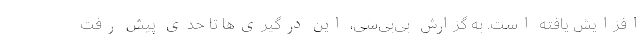
افزایش یافته است. به گزارش بی‌بی‌سی، این درگیری‌ها تا حدی پیش رفت